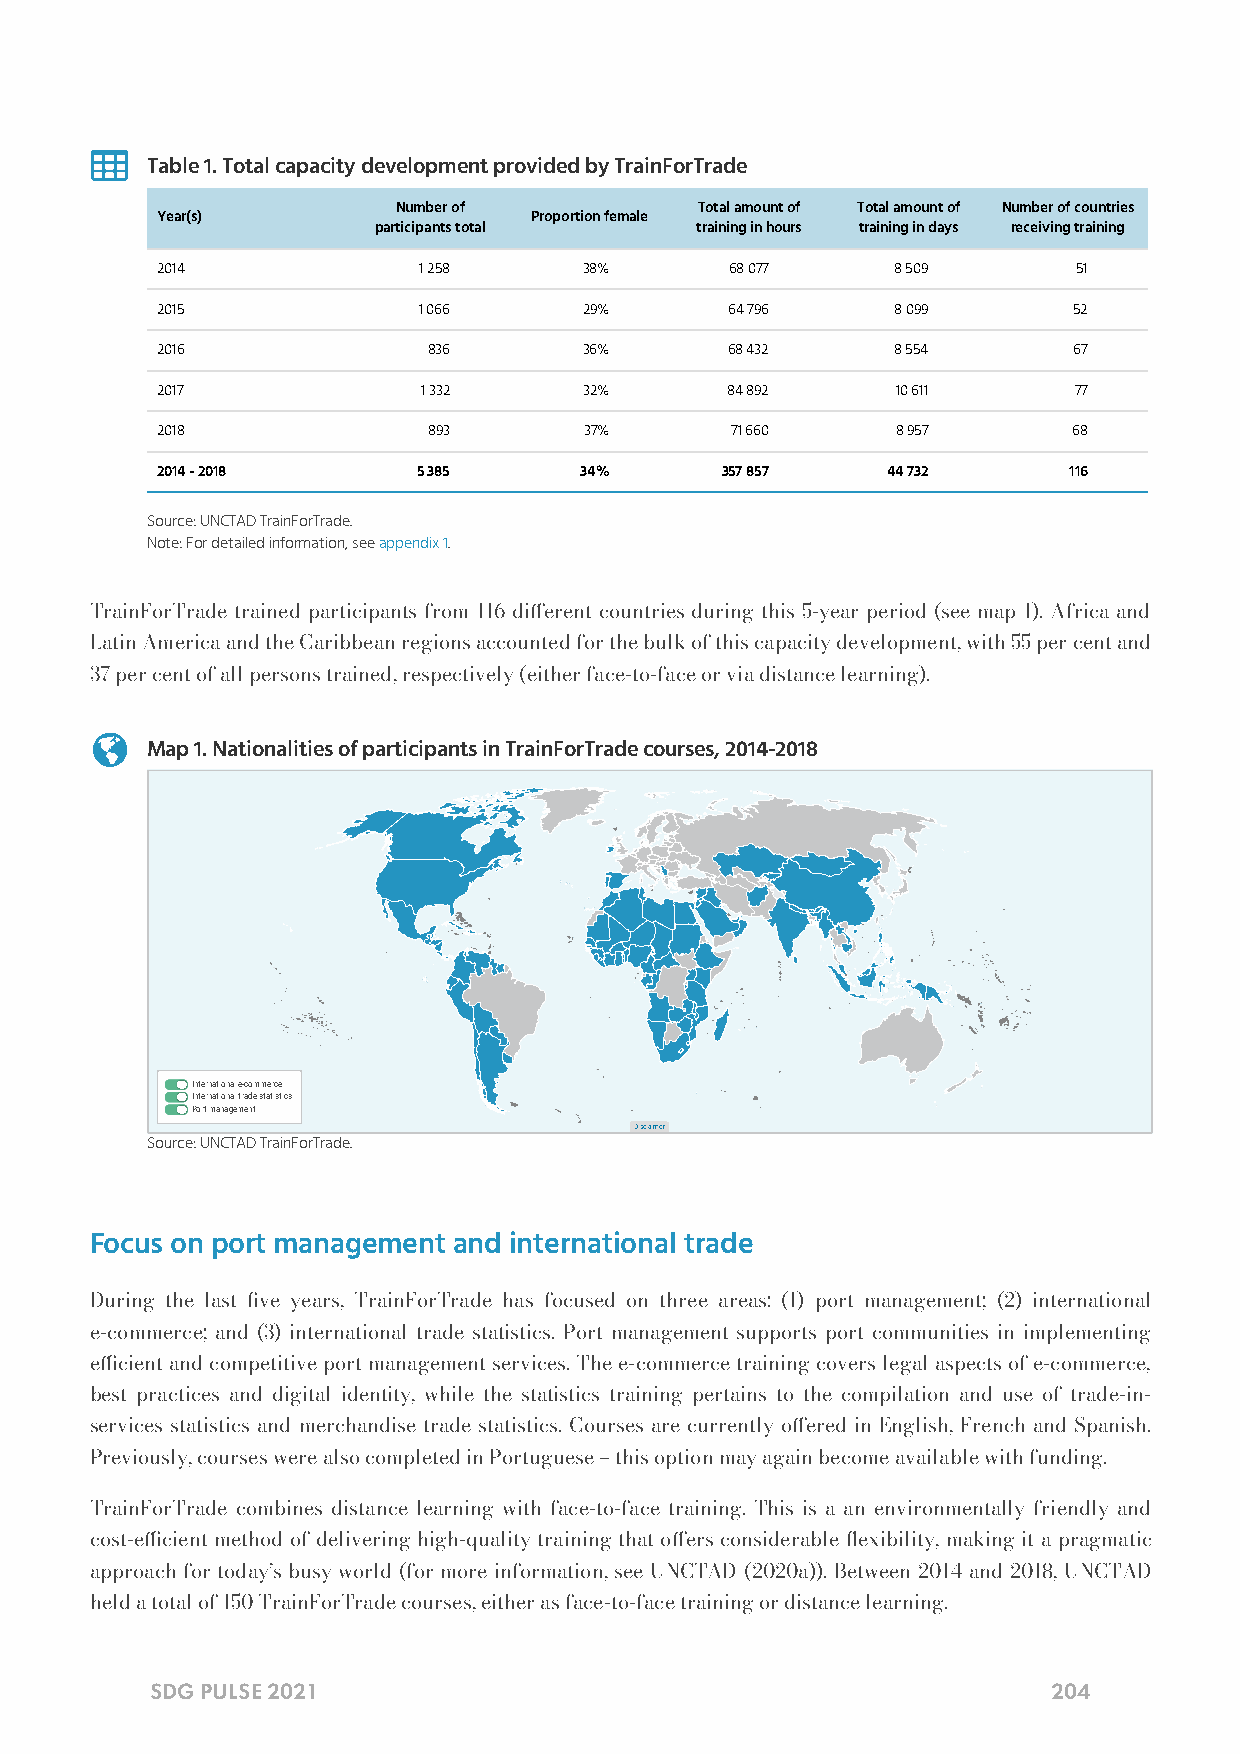

 Table 1. Total capacity development provided by TrainForTrade
 Number of           Total amount of Total amount of Number of countries
 Year(s)                  Proportion female
 participants total   training in hours training in days receiving training
 2014              1 258      38%      68 077     8 509       51
 2015              1 066      29%      64 796     8 099       52
 2016              836        36%      68 432     8 554       67
 2017              1 332      32%      84 892     10 611      77
 2018              893        37%      71 660     8 957       68
 2014 - 2018       5 385     34%       357 857    44 732      116
 Source: UNCTAD TrainForTrade.
 Note: For detailed information, see appendix 1.
 TrainForTrade trained participants from 116 dierent countries during this 5-year period (see map 1). Africa and
 Latin America and the Caribbean regions accounted for the bulk of this capacity development, with 55 per cent and
 37 per cent of all persons trained, respectively (either face-to-face or via distance learning).
 
 Map 1. Nationalities of participants in TrainForTrade courses, 2014-2018
 International e-commerce
 International trade statistics
 Port management
 Disclaimer
 Source: UNCTAD TrainForTrade.
 Focus on port management and international trade
 During the last ve years, TrainForTrade has focused on three areas: (1) port management; (2) international
 e-commerce; and (3) international trade statistics. Port management supports port communities in implementing
 ecient and competitive port management services. The e-commerce training covers legal aspects of e-commerce,
 best practices and digital identity, while the statistics training pertains to the compilation and use of trade-in-
 services statistics and merchandise trade statistics. Courses are currently oered in English, French and Spanish.
 Previously, courses were also completed in Portuguese – this option may again become available with funding.
 TrainForTrade combines distance learning with face-to-face training. This is a an environmentally friendly and
 cost-ecient method of delivering high-quality training that oers considerable exibility, making it a pragmatic
 approach for today’s busy world (for more information, see UNCTAD (2020a)). Between 2014 and 2018, UNCTAD
 held a total of 150 TrainForTrade courses, either as face-to-face training or distance learning.
 SDG PULSE 2021                                              204